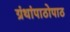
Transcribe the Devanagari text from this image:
ग्रंथांपाठोपाठ